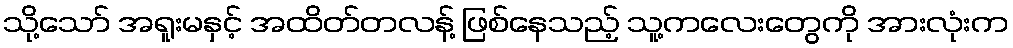
သို့သော် အရူးမနှင့် အထိတ်တလန့် ဖြစ်နေသည့် သူ့ကလေးတွေကို အားလုံးက